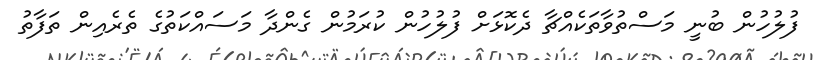
ފުލުހުން ބުނީ މަސްތުވާތަކެއްޗާ ދެކޮޅަށް ފުލުހުން ކުރަމުން ގެންދާ މަސައްކަތުގެ ތެރެއިން ތަފާތު